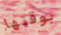
بوقتها